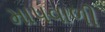
માપવાળી